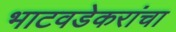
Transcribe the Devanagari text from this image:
भाटवडेकरांचा